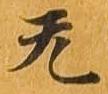
无